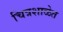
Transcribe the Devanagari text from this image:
चित्रशाळेत